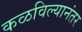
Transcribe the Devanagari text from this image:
कळविल्यानंतर